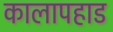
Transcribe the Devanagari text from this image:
कालापहाड